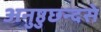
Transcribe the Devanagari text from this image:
अनुष्ठुछन्दसे